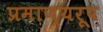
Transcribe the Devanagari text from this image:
प्रमाण्यरूप